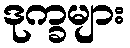
ဒုက္ခများ